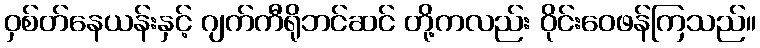
ဝှစ်တ်နေယန်းနှင့် ဂျက်ကီရိုဘင်ဆင် တို့ကလည်း ဝိုင်းဝေဖန်ကြသည်။